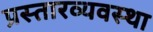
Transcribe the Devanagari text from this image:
प्रस्तारव्यवस्था